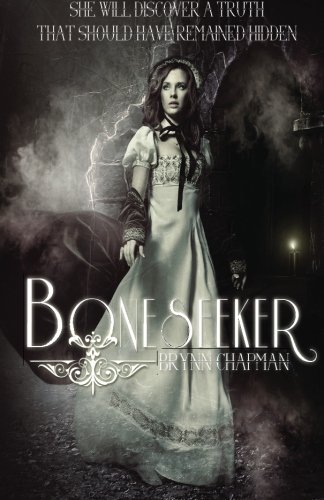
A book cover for Boneseeker; Brynn Chapman; Teen & Young Adult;